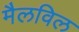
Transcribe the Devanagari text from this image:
मैलविल